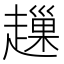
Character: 䟁